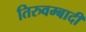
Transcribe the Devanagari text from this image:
तिरुवम्बादी